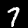
Digit: 7